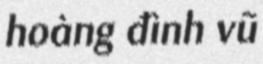
hoàng đình vũ